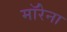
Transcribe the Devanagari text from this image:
माॅरेना